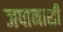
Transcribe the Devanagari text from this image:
जपानाशी